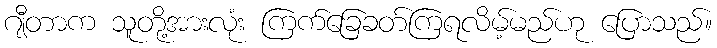
ဂျီတာက သူတို့အားလုံး ကြက်ခြေခတ်ကြရလိမ့်မည်ဟု ပြောသည်။